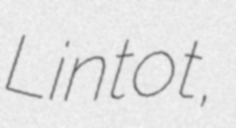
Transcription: Lintot,